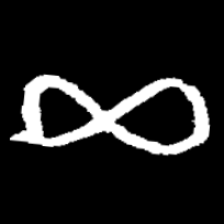
Pyu character \u2014 Myanmar letter: ဆ (romanized: cha)